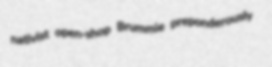
nativist open-shop Brummie preponderously